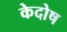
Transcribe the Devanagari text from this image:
केदोष